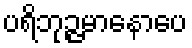
ပရိဘုဉ္ဇမာနောပေ